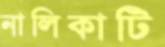
নালিকাটি